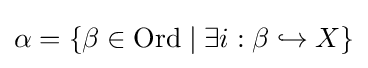
\alpha =\{\beta \in {\textrm {Ord}}\mid \exists i:\beta \hookrightarrow X\}